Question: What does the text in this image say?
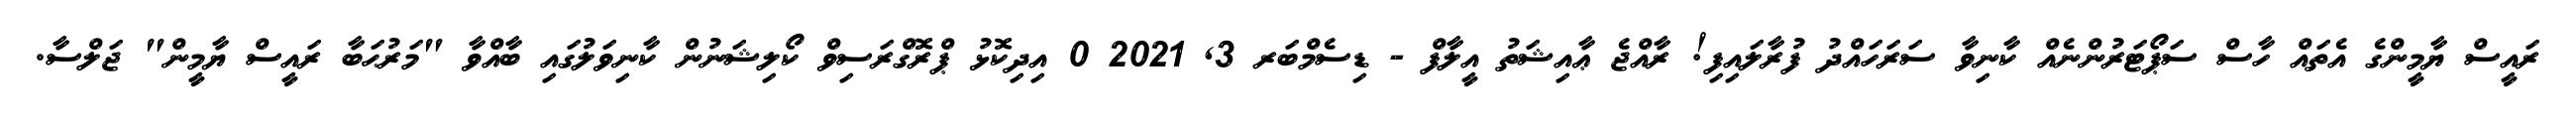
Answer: ރައީސް ޔާމީންގެ އެތައް ހާސް ސަޕޯޓަރުންނެއް ކާނިވާ ސަރަހައްދު ފުރާލައިފި! ރާއްޖެ ޢާއިޝަތު އީލާފް - ޑިސެމްބަރ 3, 2021 0 އިދިކޮޅު ޕްރޮގްރަސިވް ކޯލިޝަނުން ކާނިވަލުގައި ބާއްވާ "މަރުޙަބާ ރައީސް ޔާމީން" ޖަލްސާ.